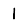
Digit: 1